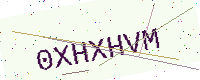
Text: 0XHXHVM